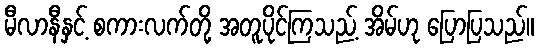
မီလာနီနှင့် စကားလက်တို့ အတူပိုင်ကြသည့် အိမ်ဟု ပြောပြသည်။